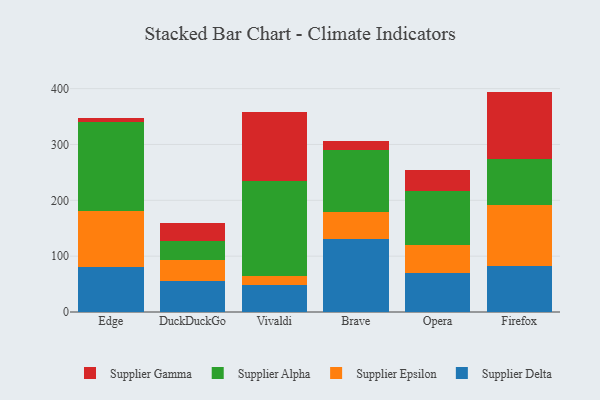
{"axis": {"x": "Browser", "y": "Conversion Rate (%)"}, "legend": ["Supplier Alpha", "Supplier Delta", "Supplier Epsilon", "Supplier Gamma"], "data": [{"x": "Edge", "y": 81.2, "type": "Supplier Delta"}, {"x": "Edge", "y": 98.9, "type": "Supplier Epsilon"}, {"x": "Edge", "y": 159.3, "type": "Supplier Alpha"}, {"x": "Edge", "y": 7.4, "type": "Supplier Gamma"}, {"x": "DuckDuckGo", "y": 55.7, "type": "Supplier Delta"}, {"x": "DuckDuckGo", "y": 37.8, "type": "Supplier Epsilon"}, {"x": "DuckDuckGo", "y": 34.1, "type": "Supplier Alpha"}, {"x": "DuckDuckGo", "y": 32.1, "type": "Supplier Gamma"}, {"x": "Vivaldi", "y": 49.2, "type": "Supplier Delta"}, {"x": "Vivaldi", "y": 14.7, "type": "Supplier Epsilon"}, {"x": "Vivaldi", "y": 170.2, "type": "Supplier Alpha"}, {"x": "Vivaldi", "y": 124.5, "type": "Supplier Gamma"}, {"x": "Brave", "y": 130.3, "type": "Supplier Delta"}, {"x": "Brave", "y": 49.2, "type": "Supplier Epsilon"}, {"x": "Brave", "y": 111.3, "type": "Supplier Alpha"}, {"x": "Brave", "y": 15.4, "type": "Supplier Gamma"}, {"x": "Opera", "y": 69.1, "type": "Supplier Delta"}, {"x": "Opera", "y": 50.4, "type": "Supplier Epsilon"}, {"x": "Opera", "y": 97.2, "type": "Supplier Alpha"}, {"x": "Opera", "y": 38.4, "type": "Supplier Gamma"}, {"x": "Firefox", "y": 82.1, "type": "Supplier Delta"}, {"x": "Firefox", "y": 109.0, "type": "Supplier Epsilon"}, {"x": "Firefox", "y": 83.8, "type": "Supplier Alpha"}, {"x": "Firefox", "y": 119.8, "type": "Supplier Gamma"}]}